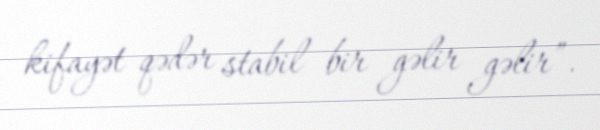
kifayət qədər stabil bir gəlir gəlir”.